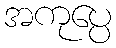
အကုပ္ပေ